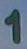
1